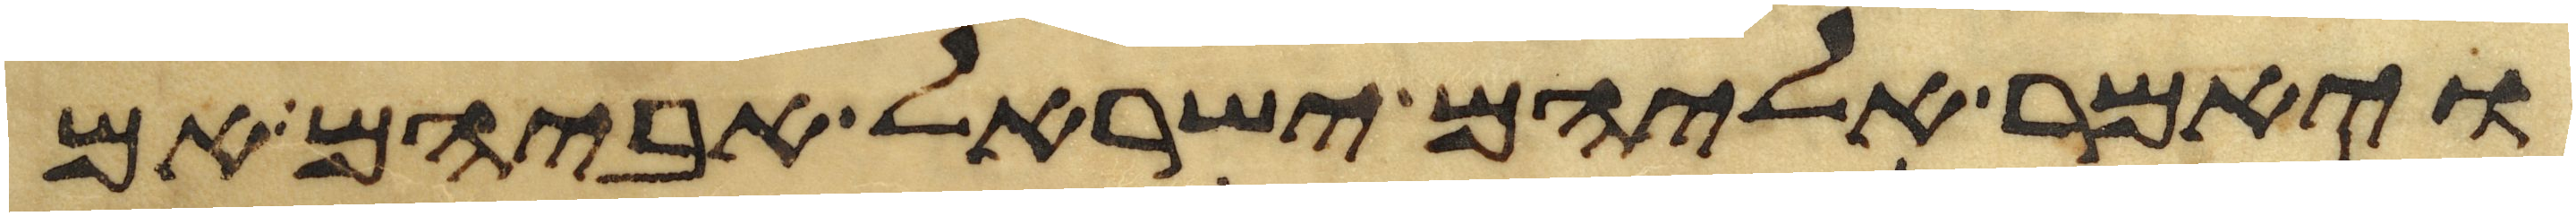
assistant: ויאמר אליהם ישראל אביהם אם